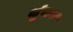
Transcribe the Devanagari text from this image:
थुंचन